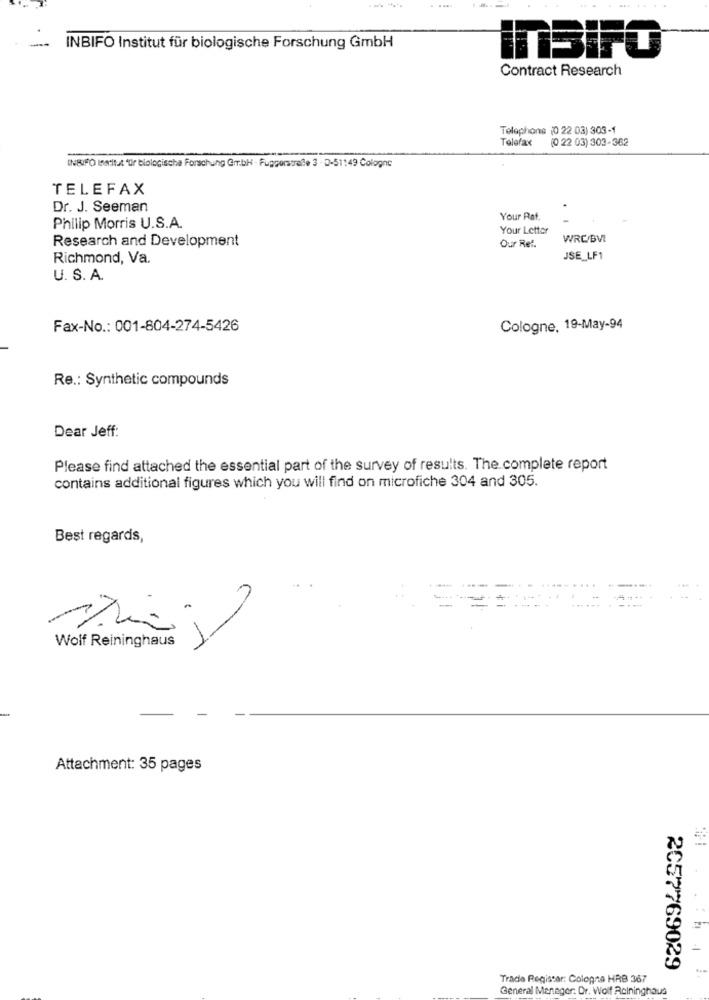
INBIFO Institut für biologische Forschung GmbH
InSIFO
Contract Research
Telephone (0 22 03) 303-1
Telefax
(0 22 03) 303-362
INBUFO Inerit.4 'tür biologische Forschung Gmbh - Fuggerstraße 3 - D-51:49 Cologne
TELEFAX
Dr. J. Seeman
Your Raf.
Philip Morris U.S.A.
Your Letter
Research and Development
WRC/BVI
Our Ref.
Richmond, Va.
JSE_LF1
U. S. A.
Fax-No .: 001-804-274-5426
Cologne, 19-May-94
Re .: Synthetic compounds
Dear Jeff:
Please find attached the essential part of the survey of results. The complete report
contains additional figures which you will find on microfiche 304 and 305.
Best regards,
Wolf Reininghaus
Attachment: 35 pages
.1
2057769029
Trade Register: Cologna HRB 367
General Manager. Dr. Wolf Rolninghaus